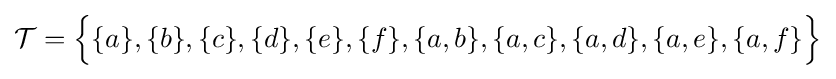
{\mathcal {T}}={\Big \{}\{a\},\{b\},\{c\},\{d\},\{e\},\{f\},\{a,b\},\{a,c\},\{a,d\},\{a,e\},\{a,f\}{\Big \}}